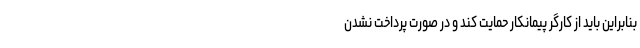
بنابراین باید از کارگر پیمانکار حمایت کند و در صورت پرداخت نشدنِ